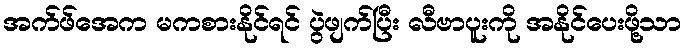
အက်ဖ်အေက မကစားနိုင်ရင် ပွဲဖျက်ပြီး လီဗာပူးကို အနိုင်ပေးဖို့သာ